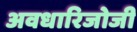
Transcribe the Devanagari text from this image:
अवधारिजोजी